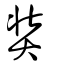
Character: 奘